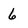
Character: 6